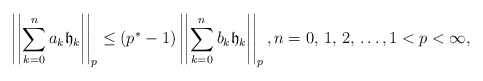
\begin{align*} \left|\left|\sum_{k=0}^n a_k\mathfrak{h}_k\right|\right|_p\leq (p^*-1)\left|\left|\sum_{k=0}^n b_k\mathfrak{h}_k\right|\right|_p,n=0,\,1,\,2,\,\ldots,1<p<\infty,\end{align*}